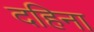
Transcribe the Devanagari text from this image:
दहिना